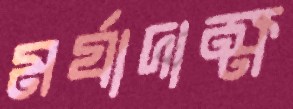
মর্যাদাক্ষ